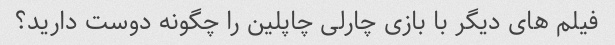
فیلم های دیگر با بازی چارلی چاپلین را چگونه دوست دارید؟